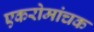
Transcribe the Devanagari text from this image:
एकरोमांचक